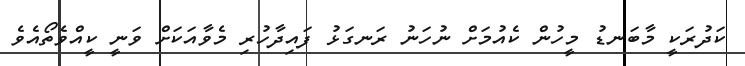
ކަދުރަކީ މާބަނޑު މީހުން ކެއުމަށް ނުހަނު ރަނގަޅު ފައިދާހުރި މެވާއަކަށް ވަނީ ކީއްވެތޯއެވެ